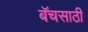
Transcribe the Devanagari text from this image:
बॅचसाठी